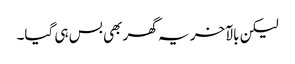
لیکن بالآخر یہ گھر بھی بس ہی گیا۔